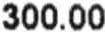
300.00